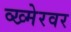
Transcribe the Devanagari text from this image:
व्ख्मेरवर